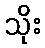
သိုး